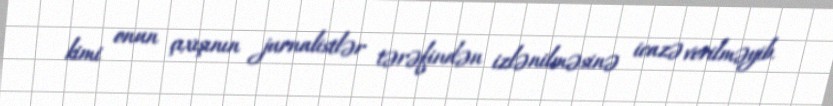
kimi onun çıxışının jurnalistlər tərəfindən izlənilməsinə icazə verilməyib.